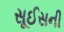
સૂઈસની